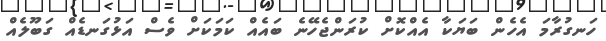
ހަނގުރާމަ އެހެން ބަޔަކާ އެއްކޮށް ކުރަންޖެހޭނެ ބައެއް ކަމަކަށް ވެސް އަޅުގަނޑެއް ގަބޫލެއް